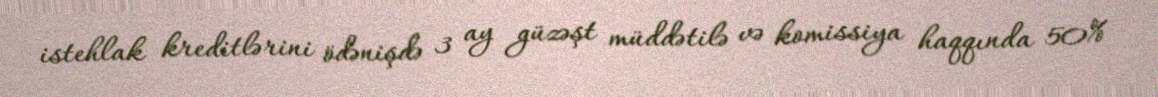
istehlak kreditlərini ödənişdə 3 ay güzəşt müddətilə və komissiya haqqında 50%